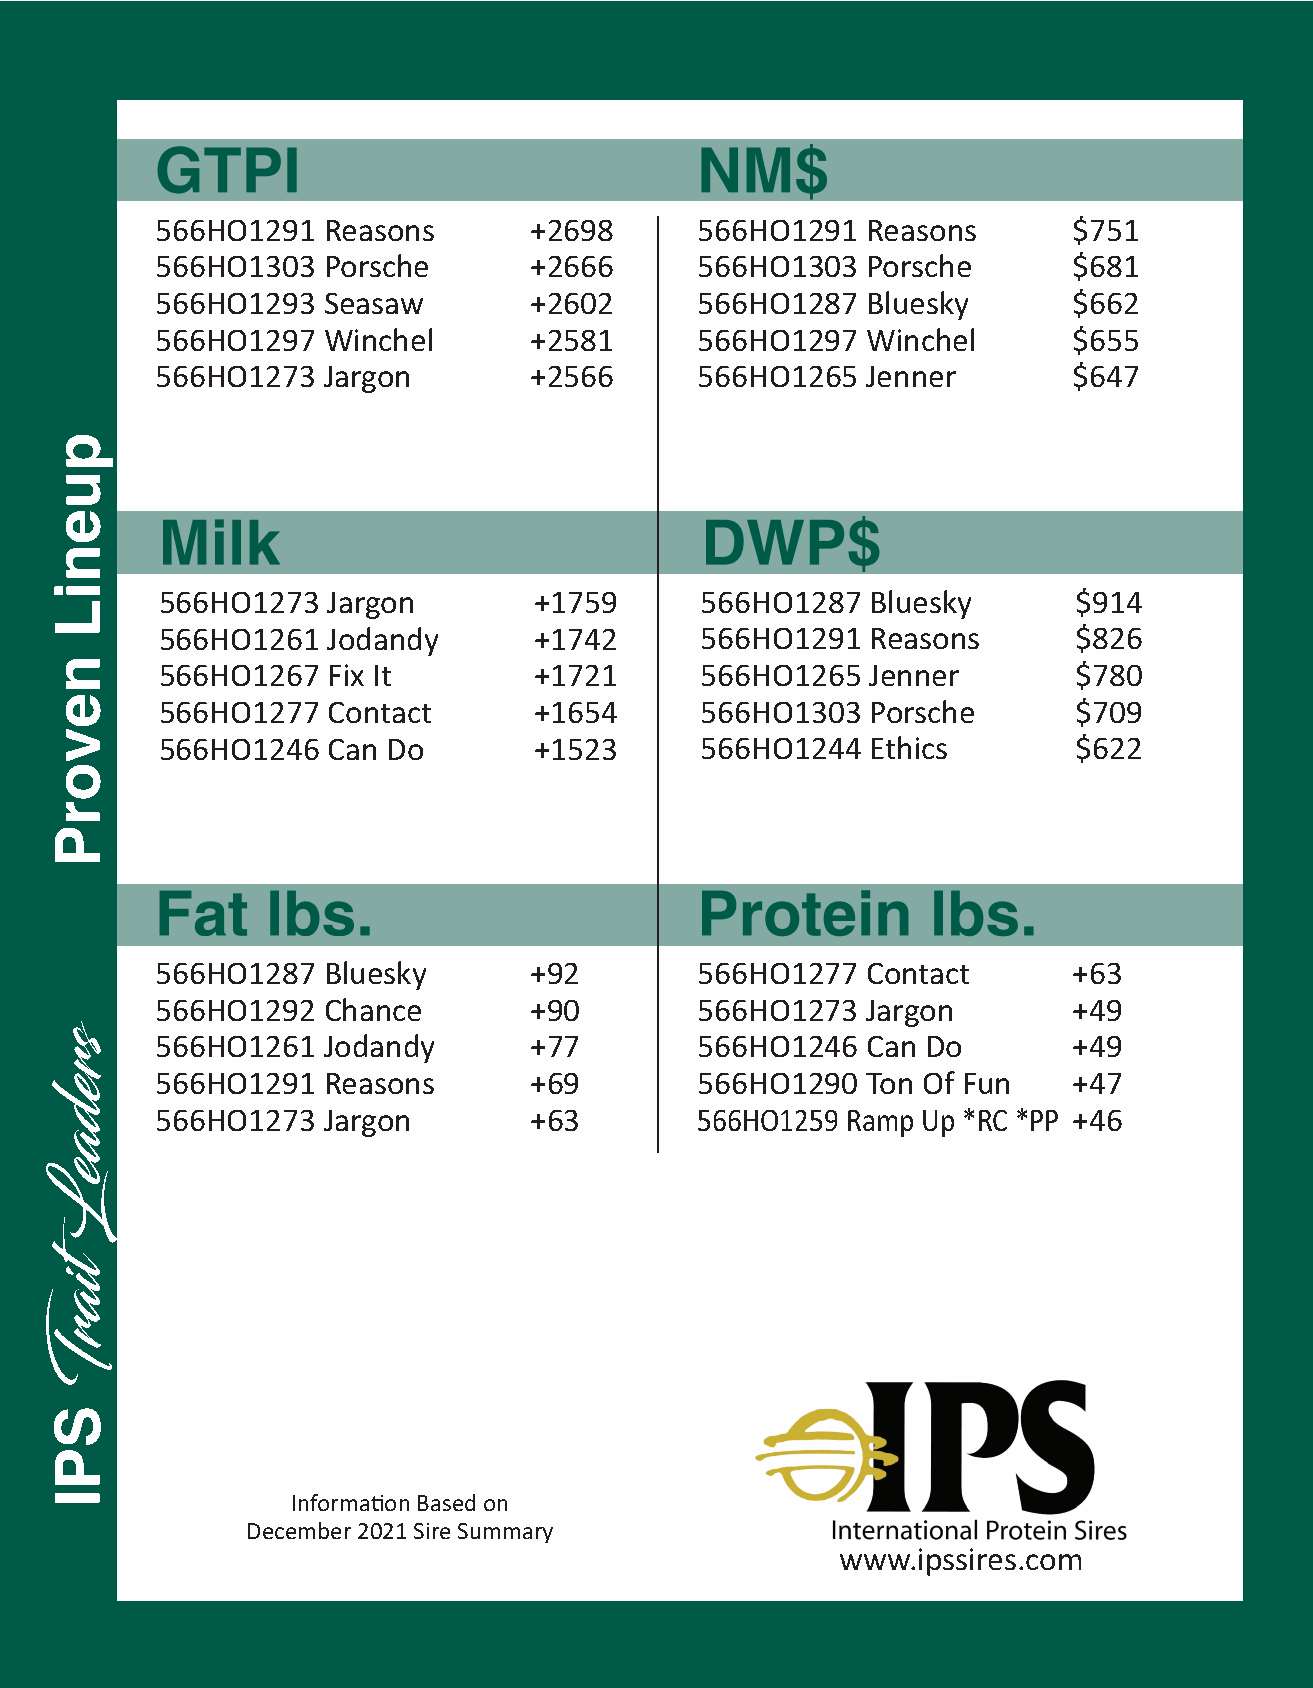
GTPI                                NM$
 566HO1291  Reasons       +2698      566HO1291  Reasons       $751
 566HO1303  Porsche       +2666      566HO1303  Porsche       $681
 566HO1293  Seasaw        +2602      566HO1287  Bluesky       $662
 566HO1297  Winchel       +2581      566HO1297  Winchel       $655
 566HO1273  Jargon        +2566      566HO1265  Jenner        $647
 Milk                                DWP$
 566HO1273   Jargon       +1759      566HO1287   Bluesky      $914
 566HO1261   Jodandy      +1742      566HO1291   Reasons      $826
 566HO1267   Fix It       +1721      566HO1265   Jenner       $780
 566HO1277   Contact      +1654      566HO1303   Porsche      $709
 566HO1246   Can Do       +1523      566HO1244   Ethics       $622
 Fat     lbs.                        Protein         lbs.
 566HO1287  Bluesky       +92        566HO1277  Contact       +63
 566HO1292  Chance        +90        566HO1273  Jargon        +49
 566HO1261  Jodandy       +77        566HO1246  Can Do        +49
 566HO1291  Reasons       +69        566HO1290  Ton Of Fun    +47
 566HO1273  Jargon        +63        566HO1259 Ramp Up *RC *PP +46
 Information Based on
 December 2021 Sire Summary
 www.ipssires.com
 sredaeL
 itarT
 pueniL
 nevorP
 SPI